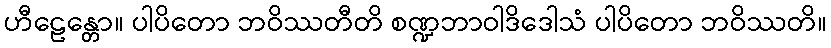
ဟီဠေန္တော။ ပါပိတော ဘဝိဿတီတိ စဏ္ဍဘာဝါဒိဒေါသံ ပါပိတော ဘဝိဿတိ။